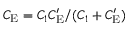
C _ { \mathrm { E } } = C _ { 1 } C _ { \mathrm { E } } ^ { \prime } / ( C _ { 1 } + C _ { \mathrm { E } } ^ { \prime } )